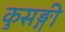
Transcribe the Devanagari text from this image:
कुसङ्गी